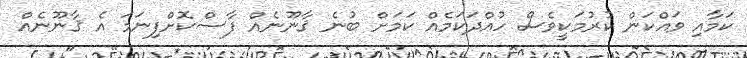
ކަމާއި ވައްކަން ކުރުމަކީވެސް ހުއްދަކަމެއް ކަމަށް ބުނެ ޤާނޫނެއް ފާސްކޮށްފިނަމަ އެ ޤާނޫނެއް